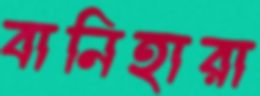
বানিহারা